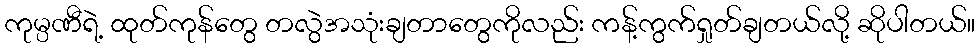
ကုမ္ပဏီရဲ့ ထုတ်ကုန်တွေ တလွဲအသုံးချတာတွေကိုလည်း ကန့်ကွက်ရှုတ်ချတယ်လို့ ဆိုပါတယ်။